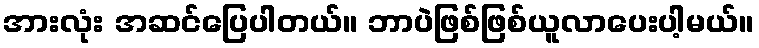
အားလုံး အဆင်ပြေပါတယ်။ ဘာပဲဖြစ်ဖြစ်ယူလာပေးပါ့မယ်။